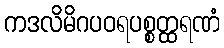
ကဒလိမိဂပဝရပစ္စတ္ထရဏံ